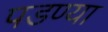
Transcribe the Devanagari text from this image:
पडण्या